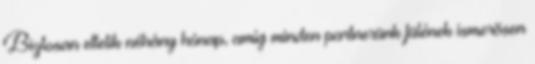
Biztosan eltelik néhány hónap, amíg minden partnerünk fülének ismerõsen